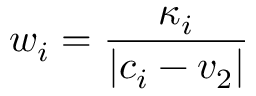
w _ { i } = \frac { \kappa _ { i } } { | c _ { i } - v _ { 2 } | }